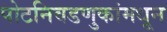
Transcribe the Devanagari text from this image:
पोटनिवडणुकांमधून